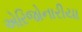
એરિજોનારીયા